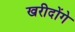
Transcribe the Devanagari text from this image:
खरीदोंगे